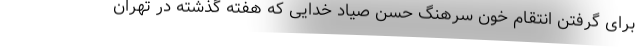
برای گرفتن انتقام خون سرهنگ حسن صیاد خدایی که هفته گذشته در تهران